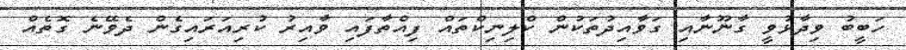
ހަބީބު ވިދާޅުވީ ގާނޫނާއި ގަވާއިދުތަކުން ކްލިނިކްތައް ފިއްތާފައި ވާއިރު ކުރިއަރައިގެން ދެވޭނެ ގޮތެއް